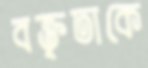
বক্তৃতাকে